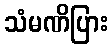
သံမဏိပြား